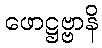
ဖောဋ္ဌဗ္ဗာနိ